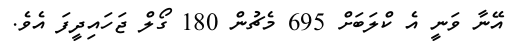
އޭނާ ވަނީ އެ ކްލަބަށް 695 މެޗުން 180 ގޯލް ޖަހައިދީފަ އެވެ.